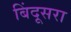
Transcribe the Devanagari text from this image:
बिंदूसरा